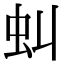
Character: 虯